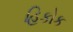
હિકોક